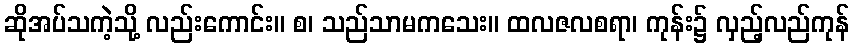
ဆိုအပ်သကဲ့သို့ လည်းကောင်း။ စ၊ သည်သာမကသေး။ ထလဇလစရာ၊ ကုန်း၌ လှည့်လည်ကုန်